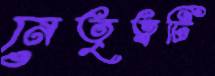
নেতৃত্বটি